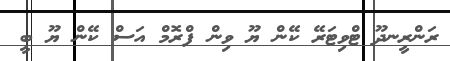
ރަންރީނދޫ ޓްވިޓަރޭ ކޭން ޔޫ ވިން ފްރޮމް އަސް ކޭން ޔޫ ބީ